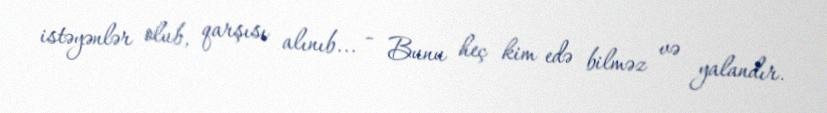
istəyənlər olub, qarşısı alınıb... - Bunu heç kim edə bilməz və yalandır.